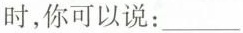
时,你可以说: ___